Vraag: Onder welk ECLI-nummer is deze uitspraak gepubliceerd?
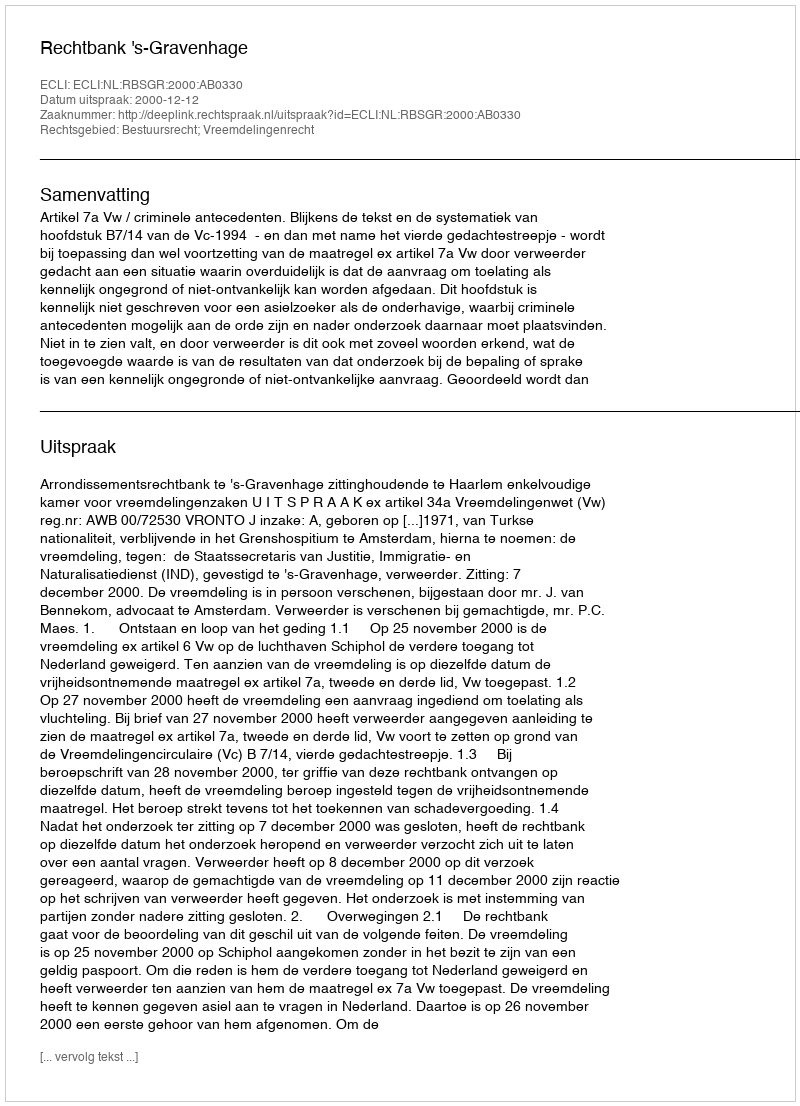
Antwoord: ECLI:NL:RBSGR:2000:AB0330